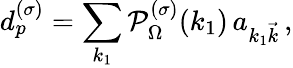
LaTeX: d_{p}^{(\sigma)}=\sum_{k_{1}}{\cal P}_{\Omega}^{(\sigma)}(k_{1})\, a_{k_{1}{\vec{k}}}\, ,